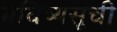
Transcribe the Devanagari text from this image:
भविष्यसूची